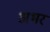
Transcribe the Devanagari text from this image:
अभर